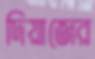
দিয়াজের